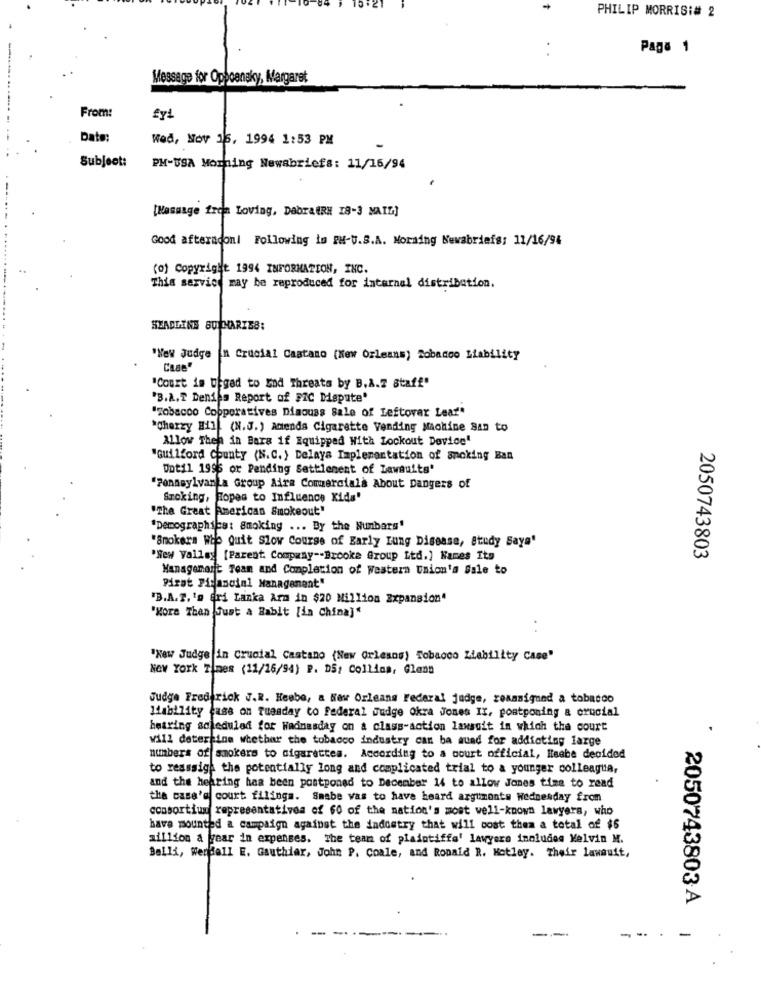
PHILIP MORRIS:# 2
Page 1
Message for Oppoanaky, Margaret
From:
fy1
Date:
Wed, Nov 16, 1994 1:53 PM
Subject:
PH-USA Morning Newabriefs: 11/15/94
[Message from Loving, DabratRH 18-3 MAIL]
Good afternooni Following is PH-U.S.A. Moraing Newabriefs: 11/16/94
(0) Copyright 1994 INFORMATION, INC.
This service may be reproduced for internal distribution.
SLADLINE SULHARIB8:
"New Judge n Crucial Castano (New Orleans) Sobadco Liability
Case"
"Court is urged to Lod Threats by B.A.Z Staff"
"B.A.T Denies Report of FIC Dispute'
"Tobacco Copporatives Dimouss Sale of Leftover Leaf"
*Cherzy Hill (N.J.) Amends Cigarette Vending Machine San to
Allow Then in Bara if Equipped With Lockout Device"
"Guilford County (N.C.) Delays Implementation of ancking Ban
Until 1996 or Pending Settlement of Lawsuits'
"Pennsylvania Group Aire Commerciala About Dangers of
Smoking, Hopes to Influence Kids'
"The Great American Smokeout"
"Demographics: Smoking ... By the Numbers'
"Smokers Who Quit Slow Course of Early Lung Disease, Study Says"
"New Vallsy [Parent Company -- Brooke Group Ltd.] Names Its
2050743803
Management Team and Completion of Western Union's Sale to
Pirat Financial Management"
"B.A.F.'s Sri Lanka Arm in $20 Million Expansion"
"More Than Just a Babit [in China]"
"Now Judge in Crucial Castano (New Orleans) Tobacco Liability Case"
New York Times (11/26/94) P. D5; Collins, Glenn
Judge Frederick J.R. Heebe, a New Orleans Federal judge, reassigned a tobacco
liability cass on Tuesday to federal Judge Okra Jones II, postponing a crucial
betring scheduled for Wednesday on a class-action lawsuit in which the court
Will determine whether the tobacco industry can ba auad for addicting large
numbers of smokers to cigarettes. According to a court official, Heabe decided
to resssige the potentially long and complicated trial to a younger colleagua,
and the hearing has been postponed to December 14 to allow Jones time to read
the case's court filings. Smabe vas to have heard arguments Wednesday from
consortium representatives of 60 of the nation's most well-known lawyers, who
have mounted a campaign against the indoetry that will cost them a total of $6
million a year in expenses. The team of plaintiffe' lawyers includes Melvin M.
Belli, Wendell E. Gsuthiar, John P. Coale, and Ronald R. Motley. Their lawsuit,
2050743803 A
---
---
-